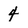
Character: 4